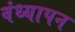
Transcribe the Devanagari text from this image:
वंध्यापन